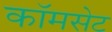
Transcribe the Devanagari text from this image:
कॉमसेट